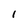
Character: I